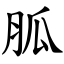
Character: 胍